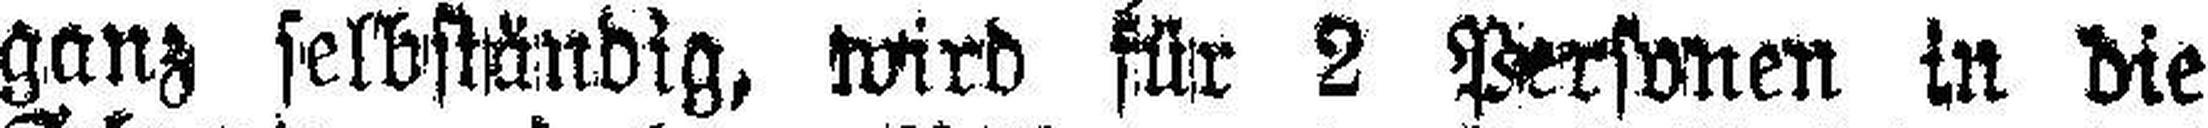
ganz selbständig, wird für 2 Personen in die